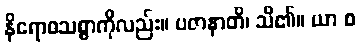
နိရောဓသစ္စာကိုလည်း။ ပဇာနာတိ၊ သိ၏။ ယာ စ